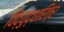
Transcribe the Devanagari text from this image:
विद्युद्धारित्र